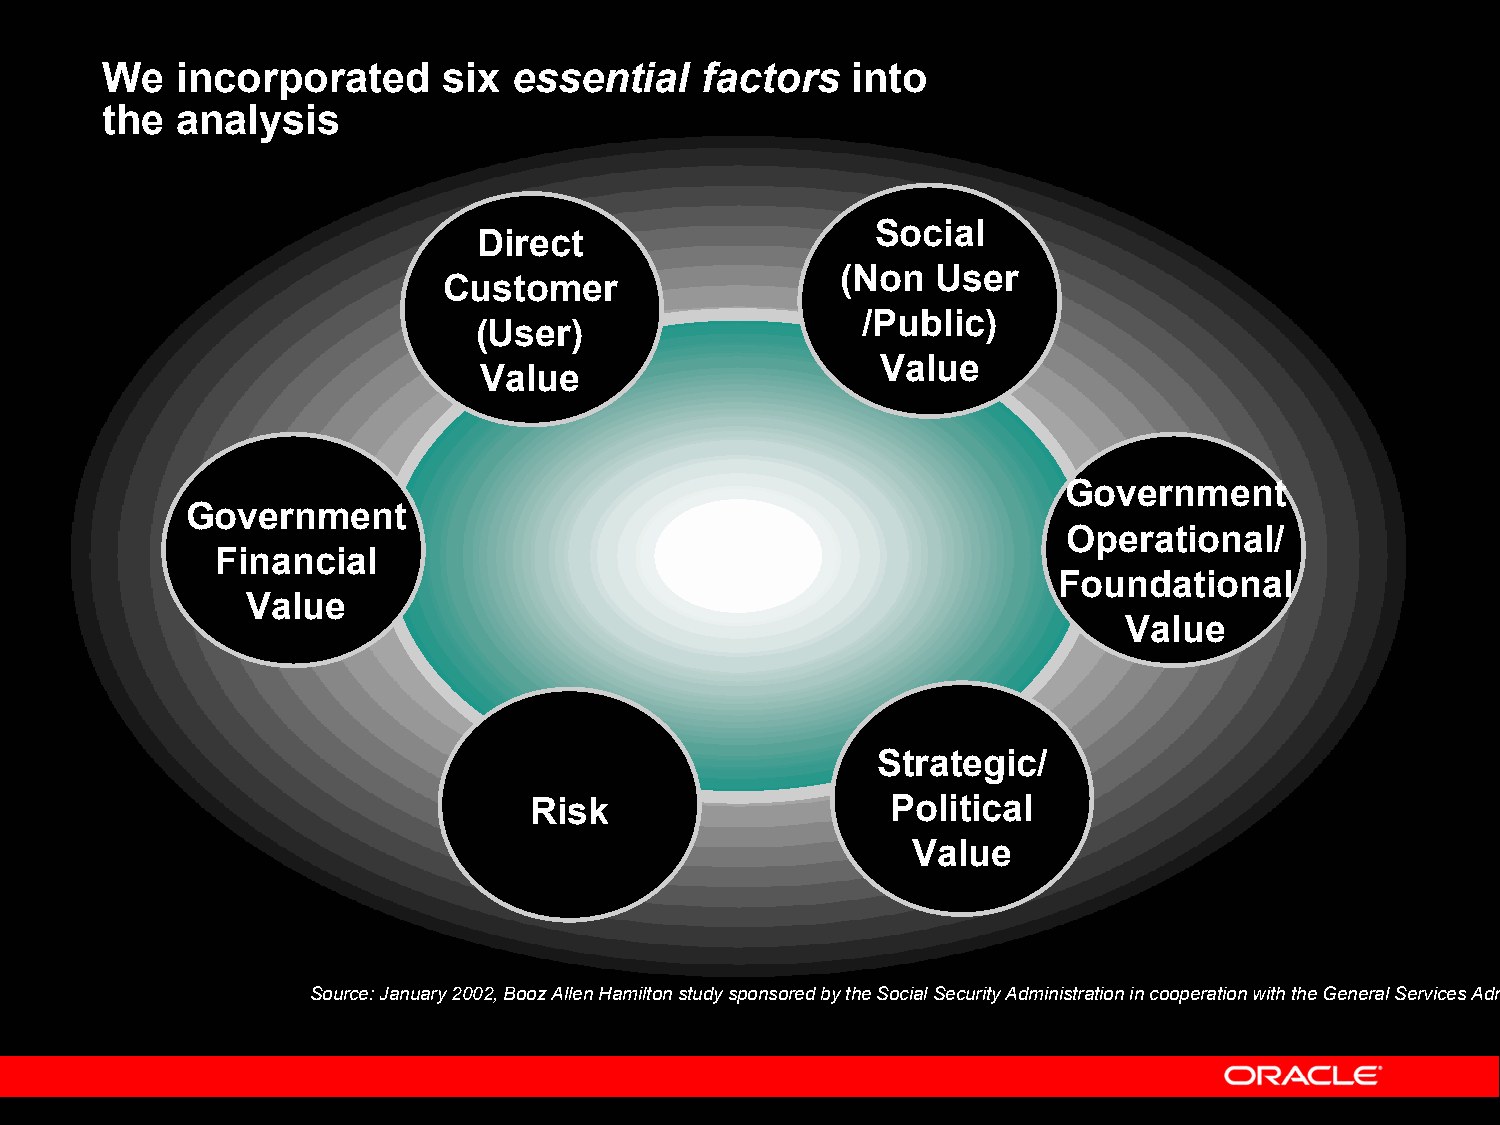
We   incorporated     six  essential   factors   into
 the  analysis
 Social
 Direct
 (Non  User
 Customer
 /Public)
 (User)
 Value
 Value
 Government
 Government
 Operational/
 Financial
 Foundational
 Value
 Value
 Strategic/
 Risk                    Political
 Value
 Source: January 2002, Booz Allen Hamilton study sponsored by theSocial Security Administration in cooperation with the General Services Adm